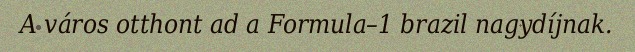
A város otthont ad a Formula–1 brazil nagydíjnak.